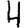
Digit: 4